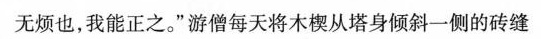
无烦也，我能正之。”游僧每天将木楔从塔身倾斜一侧的砖缝